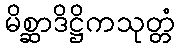
မိစ္ဆာဒိဋ္ဌိကသုတ္တံ